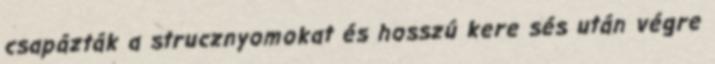
csapázták a strucznyomokat és hosszú kere sés után végre